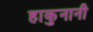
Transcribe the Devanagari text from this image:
हाकुनानी